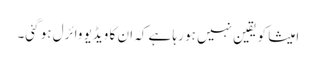
امیشا کو یقین نہیں ہو رہا ہے کہ ان کا ویڈیو وائرل ہو گئی۔